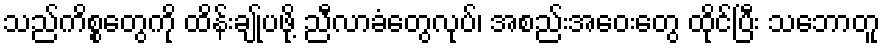
သည်ကိစ္စတွေကို ထိန်းချု်ပဖို့ ညီလာခံတွေလုပ်၊ အစည်းအဝေးတွေ ထိုင်ပြီး သဘောတူ